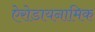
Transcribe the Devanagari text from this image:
ऐरोडायनामिक